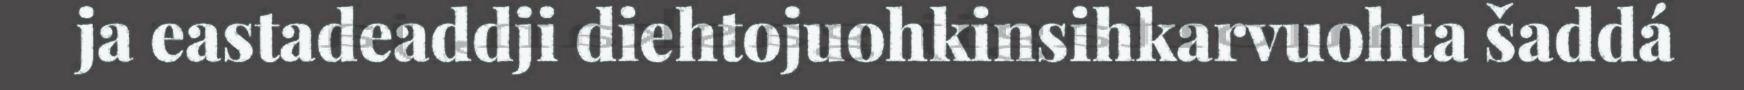
ja eastadeaddji diehtojuohkinsihkarvuohta šaddá